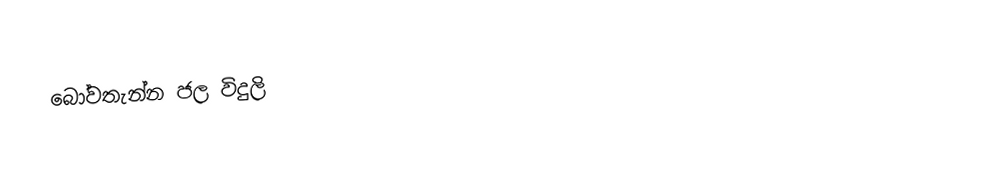
බෝවතැන්න ජල විදුලි